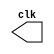
//ARQ1 - Guia06 - Eduardo Botelho de Andrade

module clock (clk);
 output clk;
 reg    clk;
 
 initial 
  begin
   clk = 1'b0;
  end
 
 always
  begin
   #12 clk = ~clk;
  end
  
endmodule

module testModule;
 wire clk;
 clock CLK1 (clk);
 
 initial 
  begin
   $dumpfile ("0601.vcd");
   $dumpvars;
   #120 $finish;
  end
endmodule